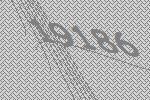
19186